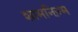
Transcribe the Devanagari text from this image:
शामनिज़्म